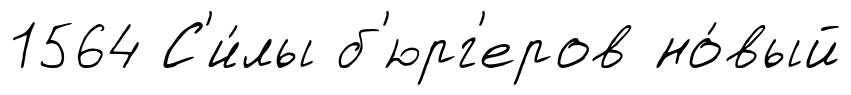
1564 С'и́лы б'юрг'еров но́вый